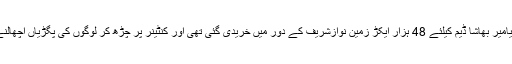
ن لیگ کے رہنما حمزہ شہباز کا کہنا تھا کہ دیامیر بھاشا ڈیم کیلئے 48 ہزار ایکڑ زمین نوازشریف کے دور میں خریدی گئی تھی اور کنٹینر پر چڑھ کر لوگوں کی پگڑیاں اچھالنے والے کہتے ہیں 3 مہینے کچھ نہ کہا جائے۔